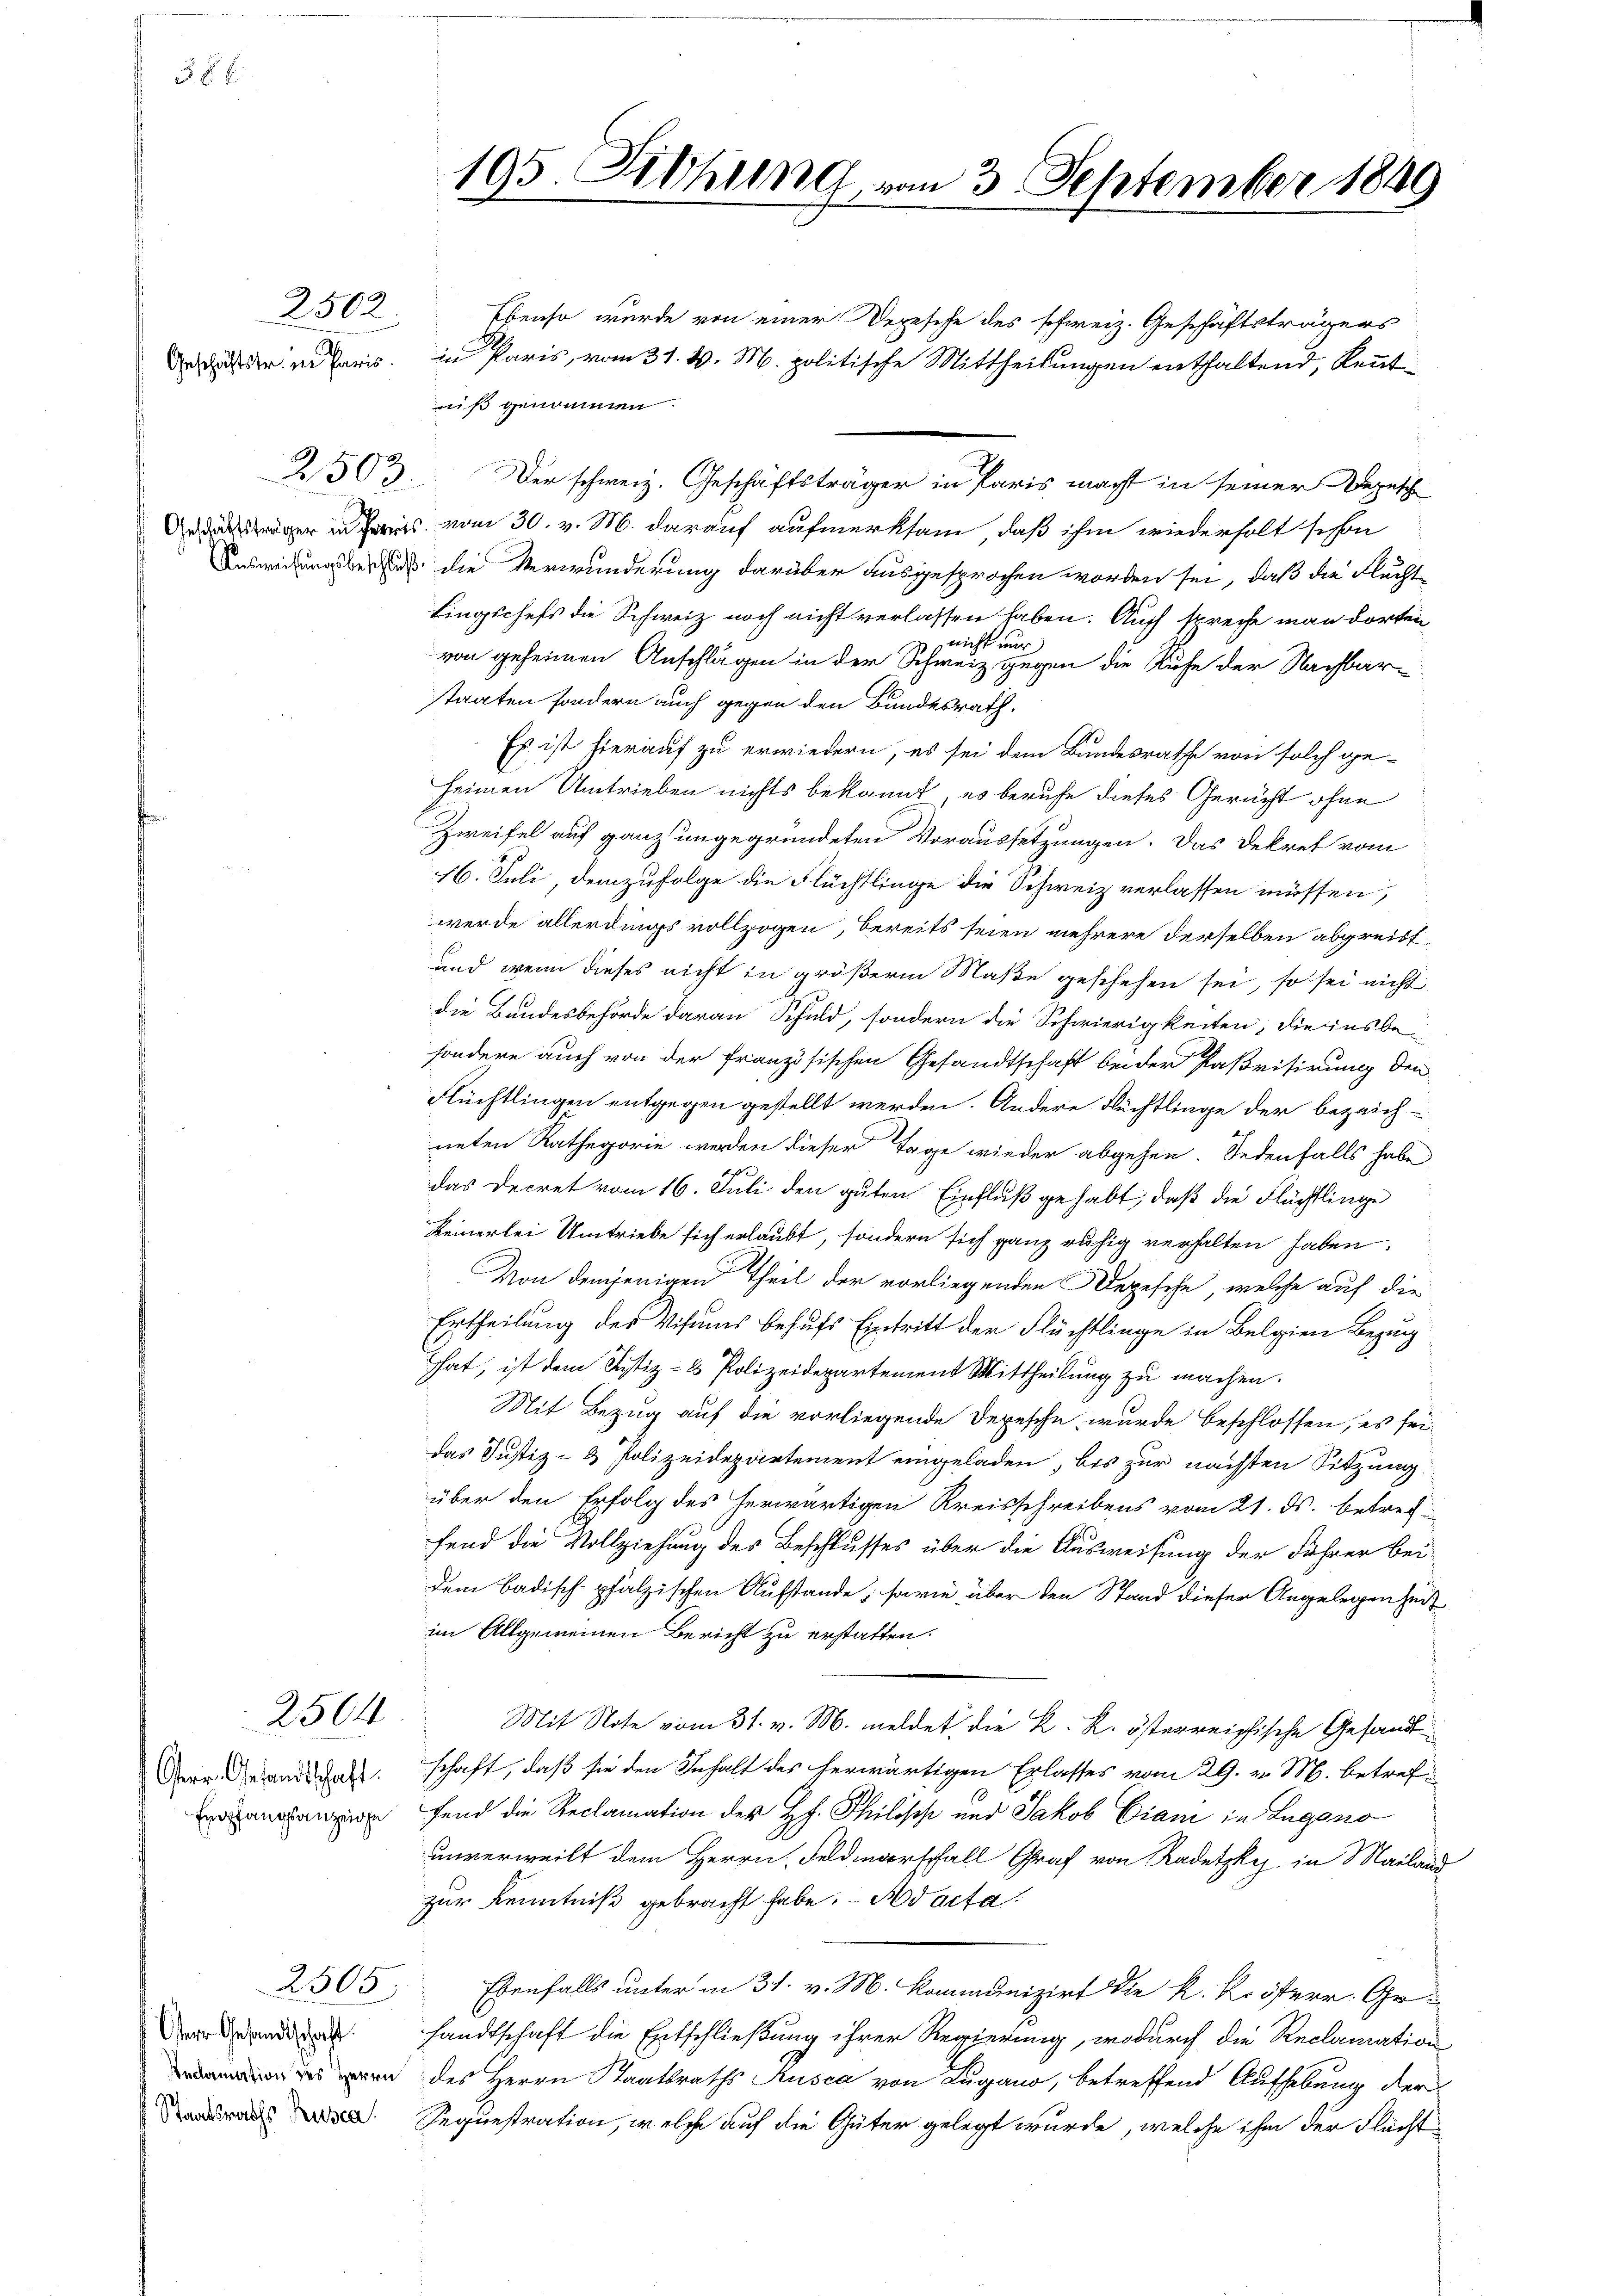
8 x

2502.
Geschäftstr. in Paris.

Österr. Gesandtschaft.
Empfangsanzeige

2503.

2504

2505

195. Fehrung von 3 September 1849

Ebenso wurde von einer Depesche des schweiz. Geschäftsträgers
in Paris, vom 31. v. M. politische Mittheilungen enthaltend, kennt
niß genommen.
ger ins vom 30. v. M. darauf aufmerksam, daß ihm wiederholt schon
Ausweisungsbeschluß die Verwunderung darüber ausgesprochen worden sei, daß die Flucht
lingschefs die Schweiz noch nicht verlassen haben. Auch spreche man dorten
39 ei
nur
von geheimen Anschlägen in der Schweiz gegen die Ruhe der Nachbar
staaten sondern auch gegen den Bundesrath.
Es ist hierauf zu erwiedern, es sei dem Bundesrathe von solch ge-
heimen Umtrieben nichts bekannt, es berufe dieses Gericht ohne
Zweifel auf ganz ungegründeten Voraussetzungen. Das Dekret vom
16. Juli, demzufolge die Flüchtlinge die Schweiz verlassen müssen,
werde allerdings vollzogen, bereits seien mehrere derselben abgreiff
und wenn dieses nicht in größerm Maße geschehen sei, so sei nicht
die Bundesbehörde daran Schuld, sondern die Schwierigkeiten, die insbe-
sondere auch von der französischen Gesandtschaft beider Paßrisirung den
Flüchtlingen entgegen gestellt werden. Andere Flüchtlinge der bezeich-
neten Kathegorie werden dieser Tage wieder abgehen. Sedenfalls habe
das Decret vom 16. Juli den guten Einfluß gehabt, daß die Flächtlinge
Keinerlei Umtriebe sich erlaubt, sondern sich ganz ruhig verhalten haben.
Von demjenigen Theil der vorliegenden Depesche, welche auf die
Ertheilung des Visums behufs Eintritt der Flüchtlinge in Belgien Bezug
hhat, ist dem Justiz- & Polizeidepartement Mittheilung zu machen.
Mit Bezug auf die vorliegende Depesche wurde beschlossen, es seidas Justiz- & Polizeidepartement eingeladen, bis zur nächsten Sitzung
über den Erfolg des herwärtigen Kreisschreibens vom 21. ds. betreffend die Vollziehung des Beschlusses über die Ausweisung der Führer beidem badisch-pfälzischen Aufstande; sowie über den Stand dieser Angelegenheit
im Allgemeinen Bericht zu erstatten.
Mit Note vom 31. v. M. meldet die K. K. österreichische Gesandt
schaft, daß sie den Inhalt des herwärtigen Erlasses vom 29. v. M. betref
fend die Reclamation der H. Philisch und Jakob Ciam in Lugano
unverweilt dem Herrn, Feldmarschall Graf von Kadetzke in Mailand
zur Kenntniß gebracht habe. - Ad acta
Ebenfalls unter in 31. v. M. Kommunizirt die k. Kriterr. Gr.
r andesandtschaft die Entschließung ihrer Regierung, wodurch die Reclamation
n des Herrn Staatsraths Rusca von Lugano, betreffend Aufhebung der
dran Sequestration, welche auf die Güter gelegt wurde, welche ihm der Flücht

Der schweiz. Geschäftsträger in Paris macht in seiner Depesch